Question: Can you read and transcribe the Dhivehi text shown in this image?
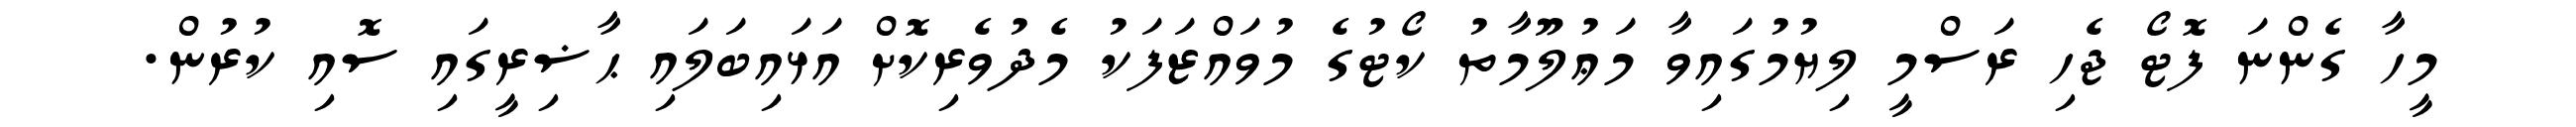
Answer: މީހާ ގެންނަ ފޮޓޯ ޖެހި ރަސްމީ ލިޔުމުގައިވާ މަޢުލޫމާތު ކޯޓުގެ މުވައްޒަފަކު މެދުވެރިކޮށް އަޅައިބަލައި ޙާޟިރީގައި ސޮއި ކުރުން.